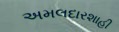
અમલદારશાહી